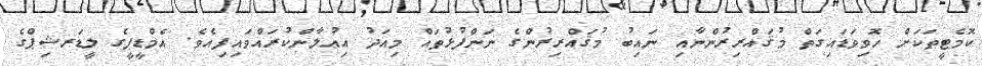
ކޮމެޓީތަކަށް ހޮވިވަޑައިގަތް މުޤައްރިރުންނާއި ނައިބު މުޤައްރިރުންްގެ ނަންފުޅުތައް މިއަދު އިޢުލާންކުރައްވައިފިއެވެ. އެމްޑީޕީގެ ލީޑަރޝިޕްގެ